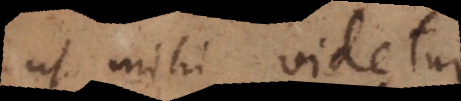
ut mihi videtur